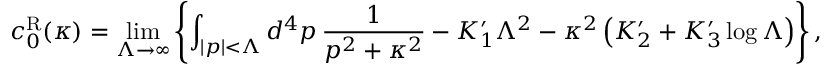
c _ { 0 } ^ { \mathrm { R } } ( \kappa ) = \operatorname * { l i m } _ { \Lambda \to \infty } \left\{ \int _ { | p | < \Lambda } d ^ { 4 } p \, { \frac { 1 } { p ^ { 2 } + \kappa ^ { 2 } } } - K _ { 1 } ^ { \prime } \Lambda ^ { 2 } - \kappa ^ { 2 } \left( K _ { 2 } ^ { \prime } + K _ { 3 } ^ { \prime } \log \Lambda \right) \right\} ,